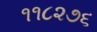
૧૧૮૨૭૬